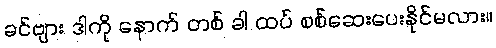
ခင်ဗျား ဒါကို နောက် တစ် ခါ ထပ် စစ်ဆေးပေးနိုင်မလား။